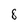
Character: 8